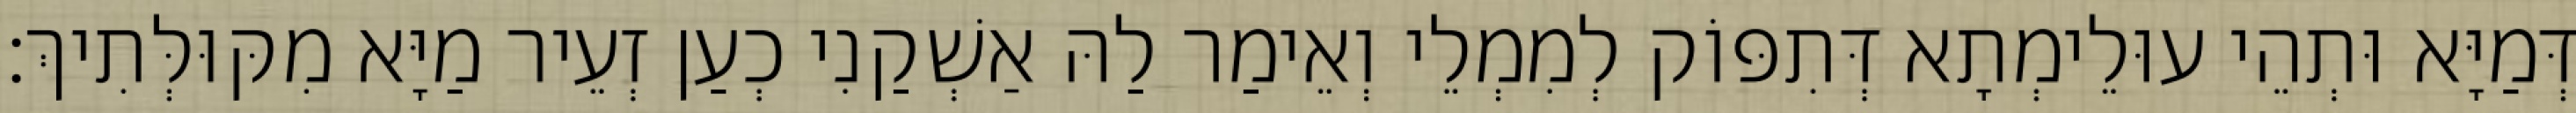
דְּמַיָּא וּתְהֵי עוּלֵימְתָא דְּתִפּוֹק לְמִמְלֵי וְאֵימַר לַהּ אַשְׁקַנִי כְעַן זְעֵיר מַיָּא מִקּוּלְּתִיךְ׃